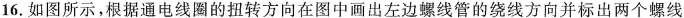
16. 如图所示，根据通电线圈的扭转方向在图中画出左边螺线管的绕线方向并标出两个螺线